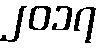
၂၀၁၇